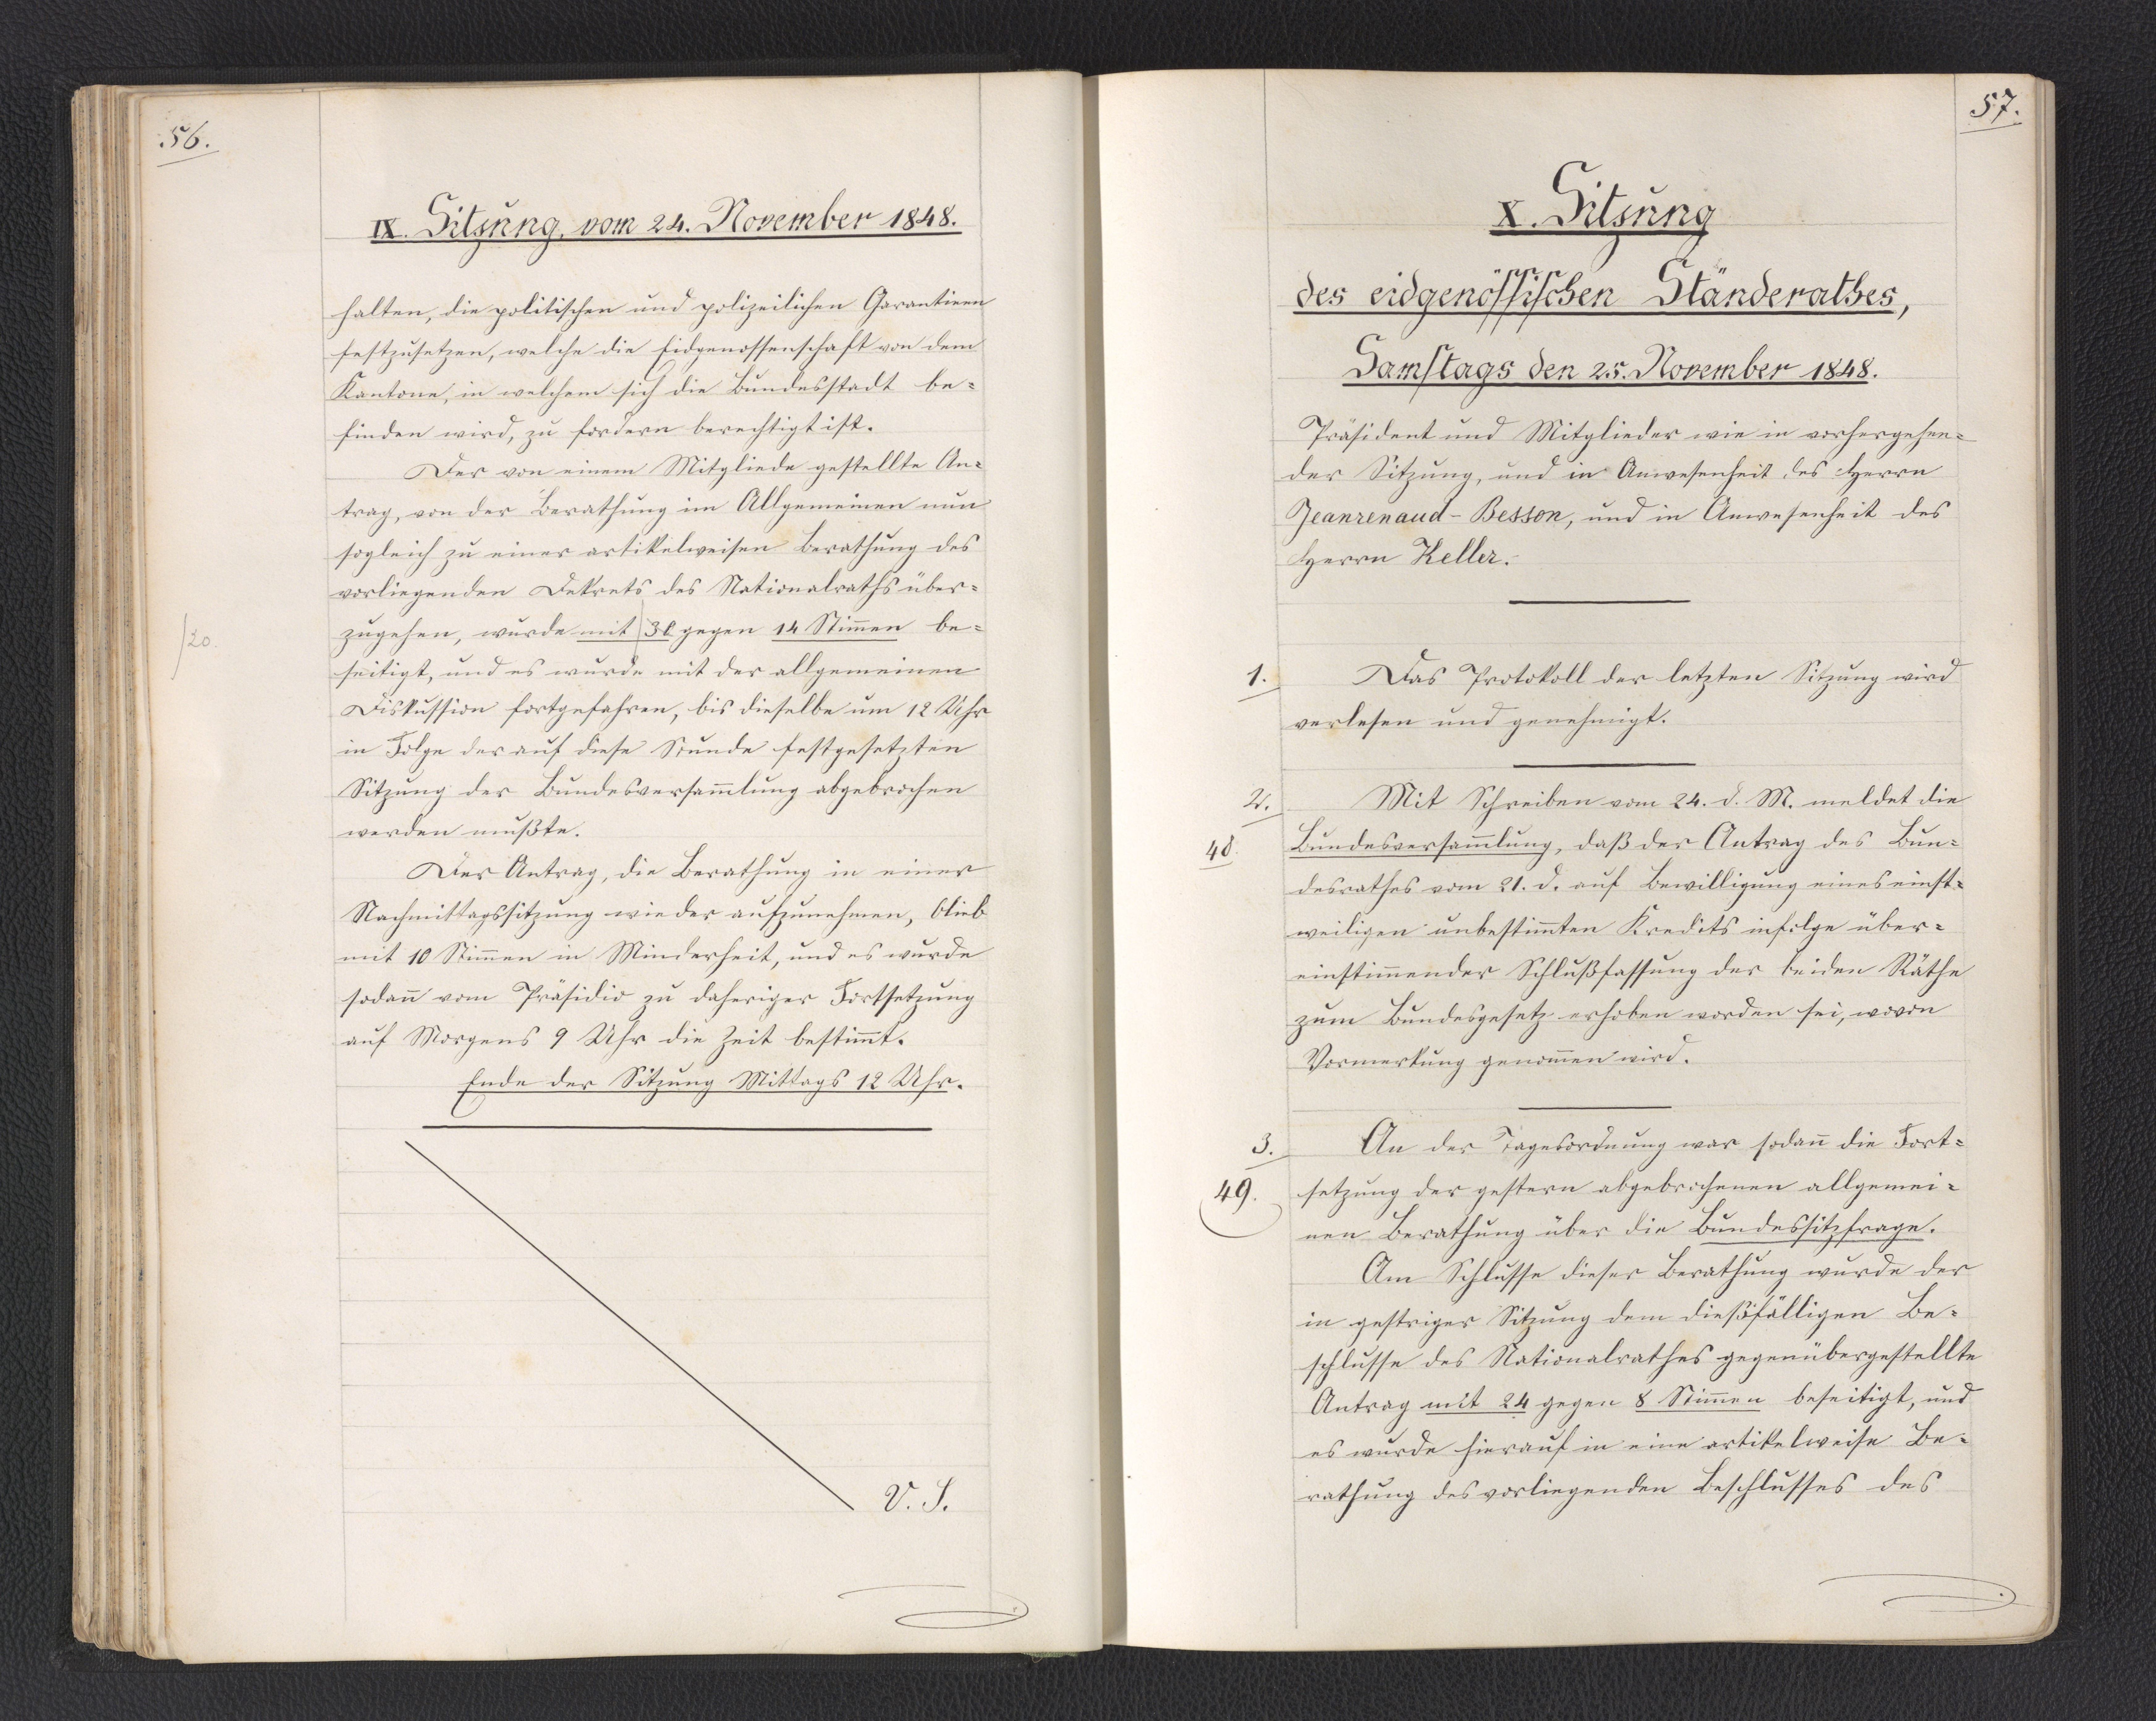
57.

X. Sitzung
des eidgenössischen Ständerathes,
Samstags den 25. November 1848.

Präsident und Mitglieder wie in vorhergehen¬
der Sitzung, und in Anwesenheit des Herrn
Jeanrenaud-Besson, und in Anwesenheit des
Herrn Keller.
Das Protokoll der letzten Sitzung wird
verlesen und genehmigt.
Mit Schreiben vom 24. d. M. meldet die
Bundesversammlung, daß der Antrag des Bun¬
desrathes vom 21. d. auf Bewilligung eines einst¬
weiligen unbestimmten Kredits infolge über¬
einstimmender Schlußfassung der beiden Räthe
zum Bundesgesetz erhoben worden sei, wovon
Vormerkung genommen wird.
An der Tagesordnung war sodann die Fort¬
setzung der gestern abgebrochenen allgemei¬
nen Berathung über die Bundessitzfrage.
Am Schlusse dieser Berathung wurde der
in gestriger Sitzung dem dießfälligen Be¬
schlusse des Nationalrathes gegenübergestellte
Antrag mit 24 gegen 8 Stimmen beseitigt, und
es wurde hierauf in eine artikelweise Be¬
rathung des vorliegenden Beschlusses des

1.

2.
48.

3.
49.